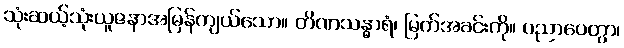
သုံးဆယ့်သုံးယူဇနာအမြန်ကျယ်သော။ တိဏသန္ဓာရံ၊ မြက်အခင်းကို။ ပညာပေတွာ၊